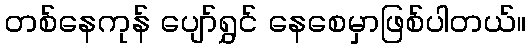
တစ်နေကုန် ပျော်ရွှင် နေစေမှာဖြစ်ပါတယ်။